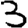
Digit: 3